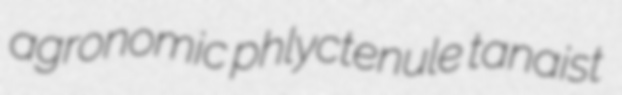
agronomic phlyctenule tanaist